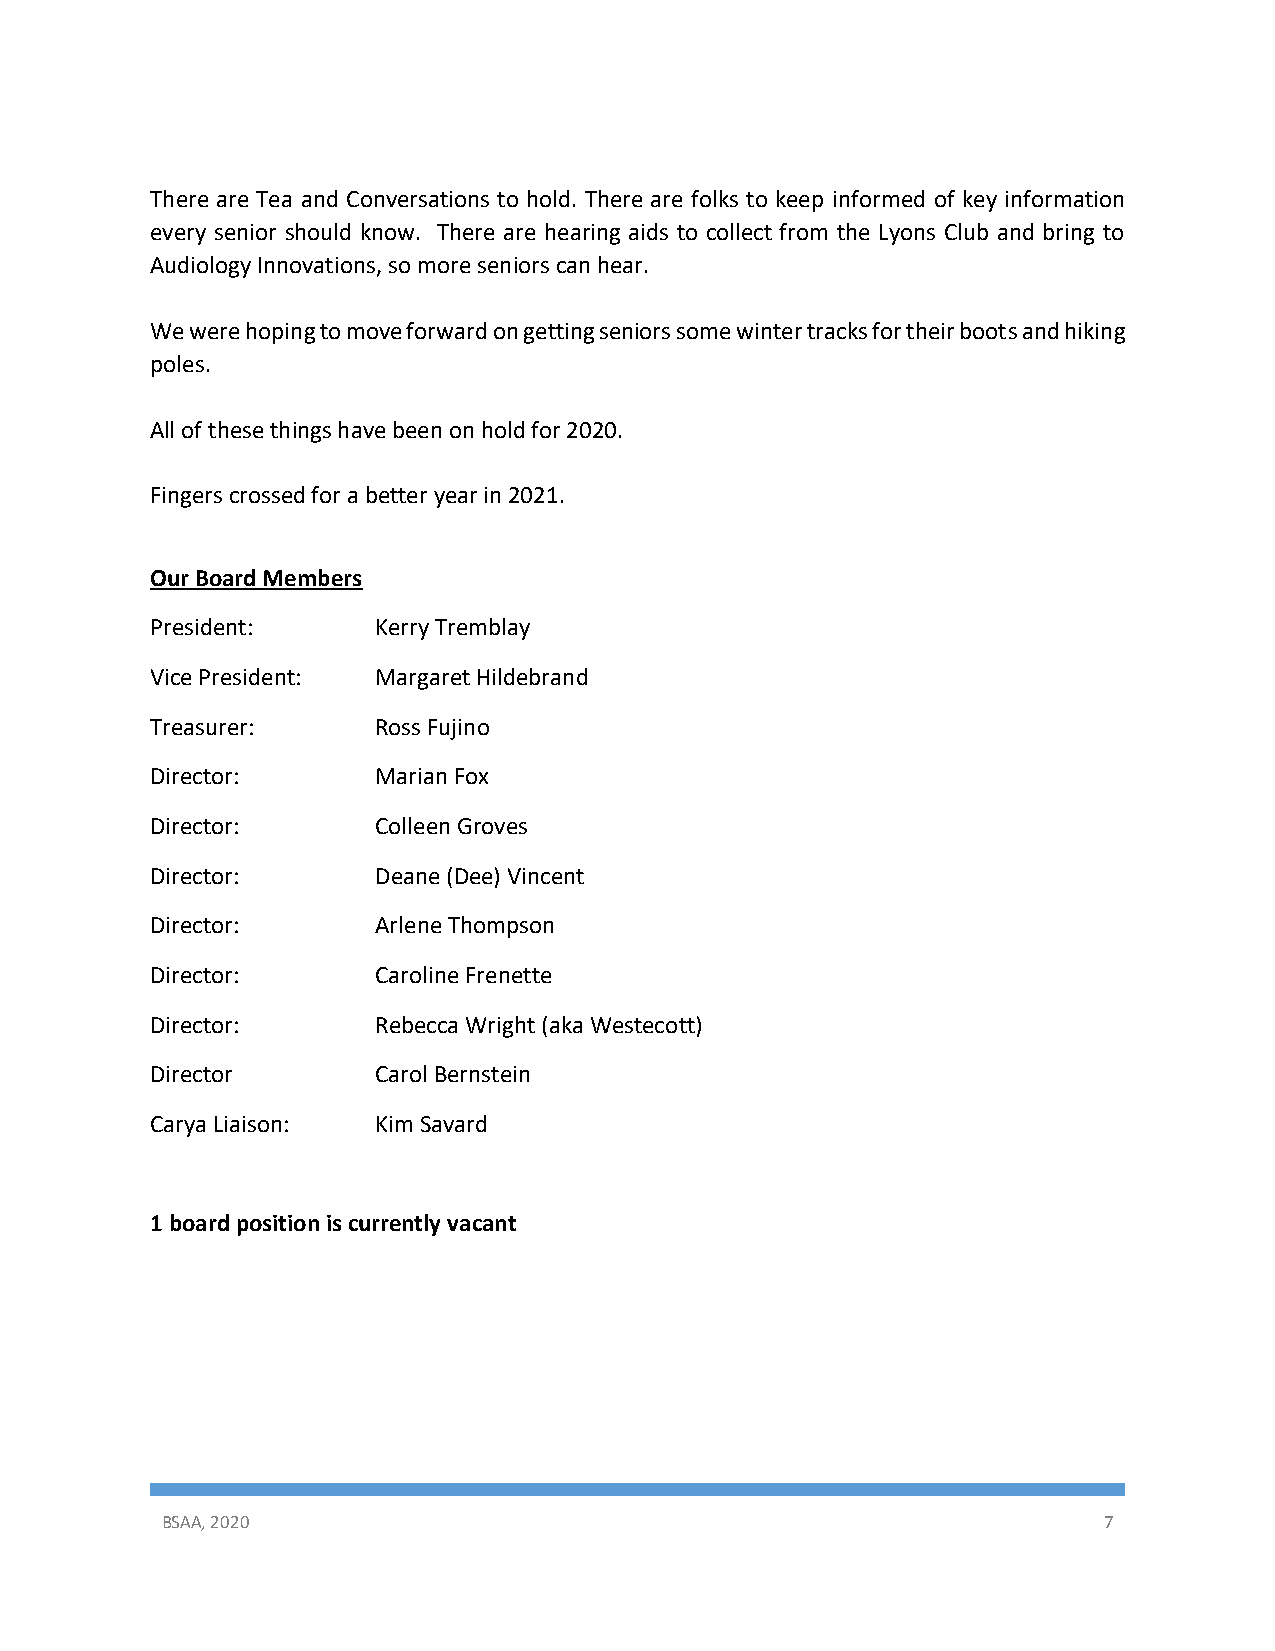
There are Tea and Conversations to hold. There are folks to keep informed of key information
 every senior should know. There are hearing aids to collect from the Lyons Club and bring to
 Audiology Innovations, so more seniors can hear.
 We were hoping to move forward on getting seniors some winter tracks for their boots and hiking
 poles.
 All of these things have been on hold for 2020.
 Fingers crossed for a better year in 2021.
 Our Board Members
 President:     Kerry Tremblay
 Vice President: Margaret Hildebrand
 Treasurer:     Ross Fujino
 Director:      Marian Fox
 Director:      Colleen Groves
 Director:      Deane (Dee) Vincent
 Director:      Arlene Thompson
 Director:      Caroline Frenette
 Director:      Rebecca Wright (aka Westecott)
 Director       Carol Bernstein
 Carya Liaison: Kim Savard
 1 board position is currently vacant
 BSAA, 2020                                                    7